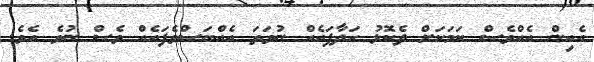
އެއިން އެއްވެސް ކަމަކަށް ދެކޮޅު ހަދާފައެއް ނުވަތަ އެއްބަސްވެފައެއް ވެސް ނުވެ އެވެ.